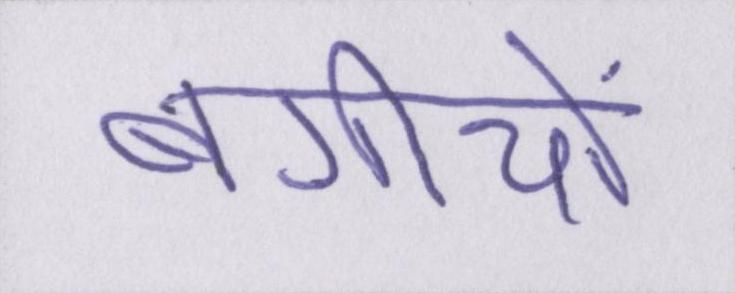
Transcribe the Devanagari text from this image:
बगीचों